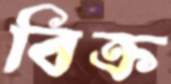
বিক্র